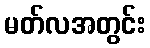
မတ်လအတွင်း